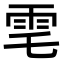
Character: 䨋